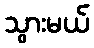
သွားမယ်